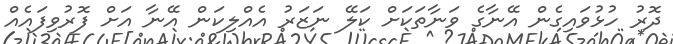
ދޮރު ހުޅުވައިގެން އޭނާގެ ވަނާތަކަށް ކަލޭ ނަޒަރު އެއްލިކަން އޭނާ އަށް ފޮރުވިފައެއް